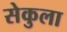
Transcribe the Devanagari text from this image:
सेकुला